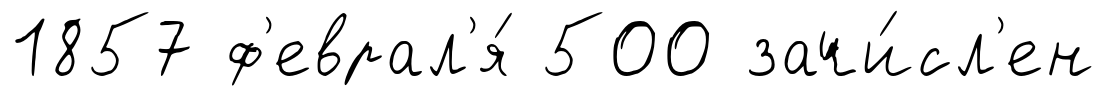
1857 ф'еврал'я́ 500 зачи́сл'ен